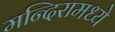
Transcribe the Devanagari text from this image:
मन्दिरामध्ये